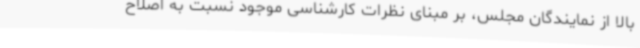
بالا از نمایندگان مجلس، بر مبنای نظرات کارشناسی موجود نسبت به اصلاح